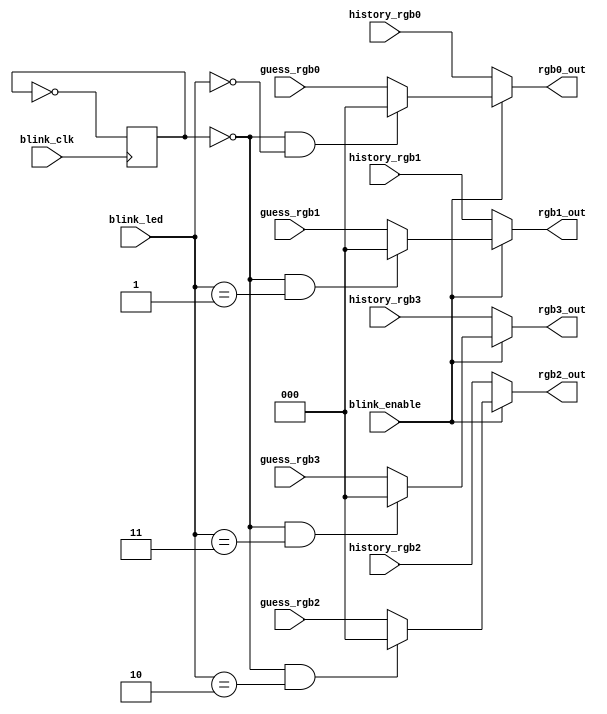
module led_driver(
    input wire blink_clk,
    input wire blink_enable,
    input wire [1:0] blink_led,
    input wire [2:0] guess_rgb0,
    input wire [2:0] guess_rgb1,
    input wire [2:0] guess_rgb2,
    input wire [2:0] guess_rgb3,
    input wire [2:0] history_rgb0,
    input wire [2:0] history_rgb1,
    input wire [2:0] history_rgb2,
    input wire [2:0] history_rgb3,
    output wire [2:0] rgb0_out,
    output wire [2:0] rgb1_out,
    output wire [2:0] rgb2_out,
    output wire [2:0] rgb3_out
);

    reg blink = 0;

    assign rgb0_out = (blink_enable) ? ((!blink && blink_led == 0) ? 3'b000 : guess_rgb0) : history_rgb0;
    assign rgb1_out = (blink_enable) ? ((!blink && blink_led == 1) ? 3'b000 : guess_rgb1) : history_rgb1;
    assign rgb2_out = (blink_enable) ? ((!blink && blink_led == 2) ? 3'b000 : guess_rgb2) : history_rgb2;
    assign rgb3_out = (blink_enable) ? ((!blink && blink_led == 3) ? 3'b000 : guess_rgb3) : history_rgb3;

    always @(posedge blink_clk) begin
        blink <= ~blink;
    end

endmodule